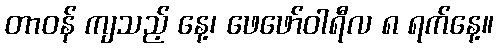
တာဝန် ကျသည့် နေ့၊ ဖေဖော်ဝါရီလ ၈ ရက်နေ့။